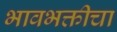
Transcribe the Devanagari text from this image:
भावभक्तीचा